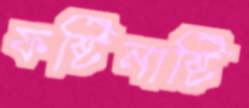
ফষ্টিনাষ্টি